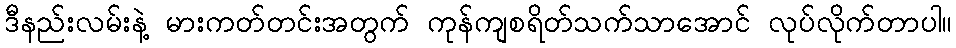
ဒီနည်းလမ်းနဲ့ မားကတ်တင်းအတွက် ကုန်ကျစရိတ်သက်သာအောင် လုပ်လိုက်တာပါ။